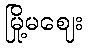
မြို့မဈေး